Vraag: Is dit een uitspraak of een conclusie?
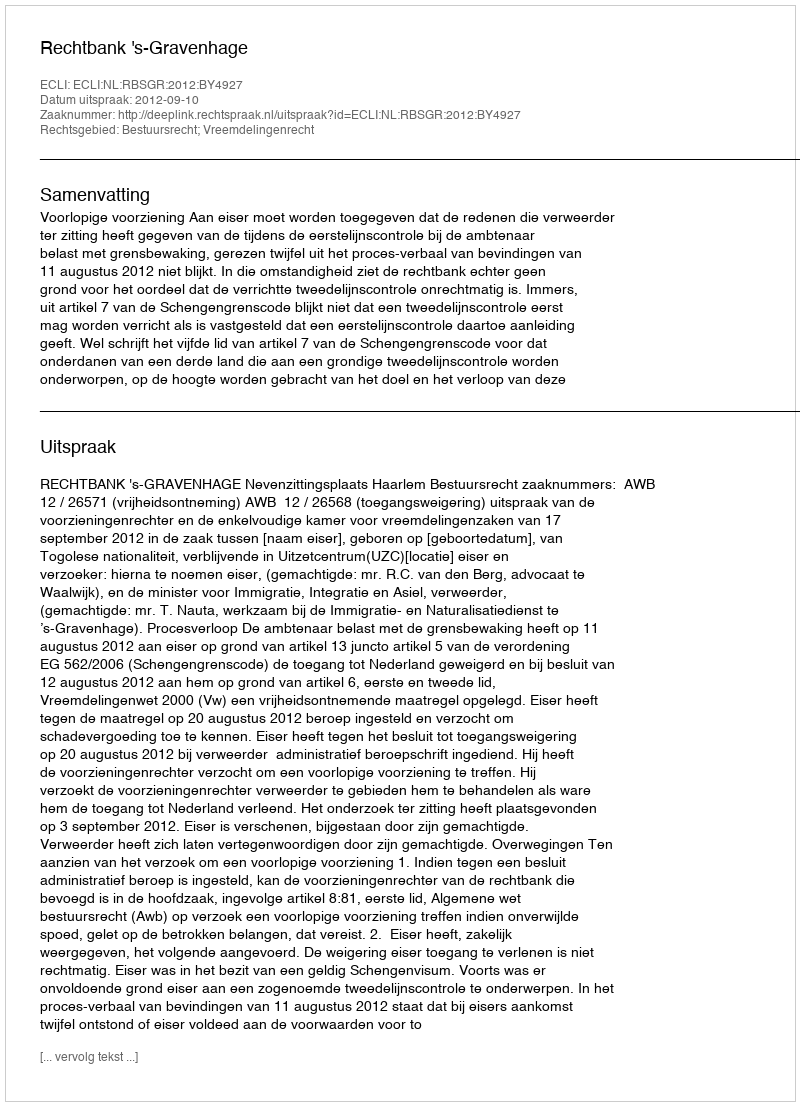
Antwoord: Uitspraak